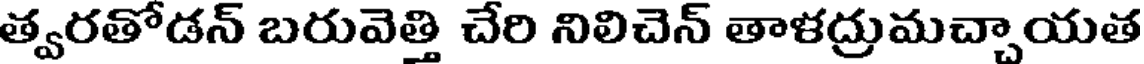
త్వరతోడన్ బరువెత్తి చేరి నిలిచెన్ తాళద్రుమచ్చాయత